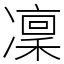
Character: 凜